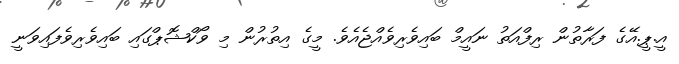
އީ.ޕީ.އޭގެ ފަރާތުން ރިފްއަތު ނައީމް ބައިވެރިވެއްޖެއެވެ. މީގެ އިތުރުން މި ވޯކްޝޮޕްގައި ބައިވެރިވެފައިވަނީ